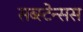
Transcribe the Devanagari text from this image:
सब्स्टेन्सस